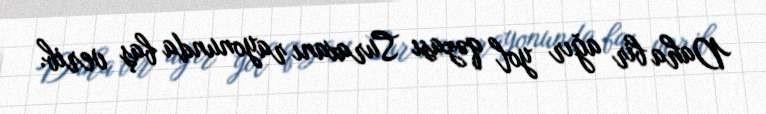
Daha bir ağır yol qəzası Suraxanı rayonunda baş verib.